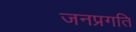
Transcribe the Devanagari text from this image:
जनप्रगति